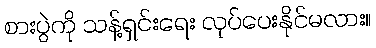
စားပွဲကို သန့်ရှင်းရေး လုပ်ပေးနိုင်မလား။